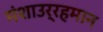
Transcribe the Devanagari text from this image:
मंशाउर्रहमान